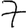
Digit: 7